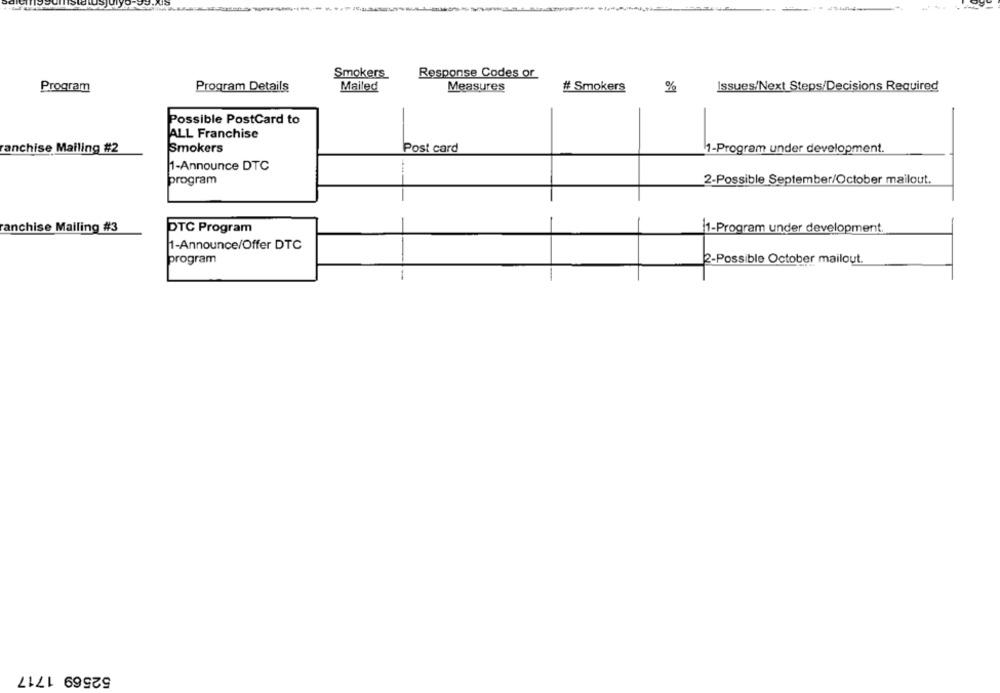
Smokers
Response Codes or
Program
Program Details
Mailed
Measures
# Smokers
%
Issues/Next Steps/Decisions Required
Possible PostCard to
ALL Franchise
anchise Mailing #2
Smokers
Post card
1-Program under development.
1-Announce DTC
program
2-Possible September/October mailout.
anchise Mailing #3
DTC Program
1-Program under development.
1-Announce/Offer DTC
program
2-Possible October mailout.
52569 1717